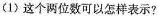
(1)这个 `两位数可以怎样表示?